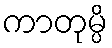
ကာတုမ္ပိ